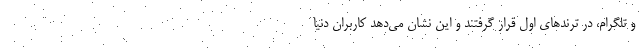
و تلگرام،‌ در ترندهای اول قرار گرفتند و این نشان می‌دهد کاربران دنیا